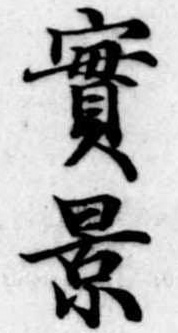
実景